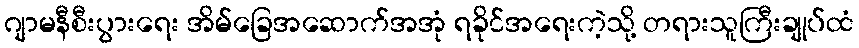
ဂျာမနီစီးပွားရေး အိမ်ခြေအဆောက်အအုံ ရခိုင်အရေးကဲ့သို့ တရားသူကြီးချုပ်ထံ